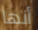
أنها